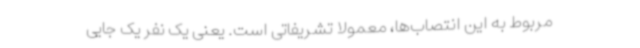
مربوط به این انتصاب‌ها، معمولا تشریفاتی است. یعنی یک نفر یک‌ جایی